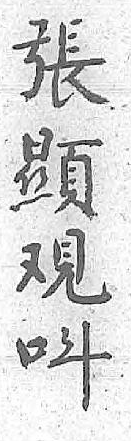
張呌顯 覌